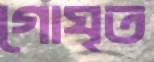
গোঘৃত